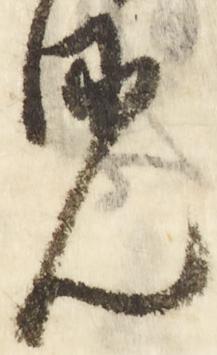
見